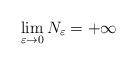
LaTeX: \begin{align*}\lim_{\varepsilon\to 0} N_\varepsilon=+\infty\end{align*}